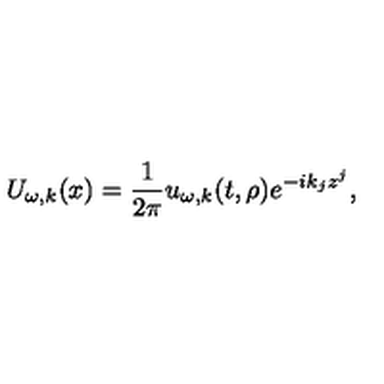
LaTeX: U _ { \omega , k } ( x ) = { \frac { 1 } { 2 \pi } } u _ { \omega , k } ( t , \rho ) e ^ { - i k _ { j } z ^ { j } } ,